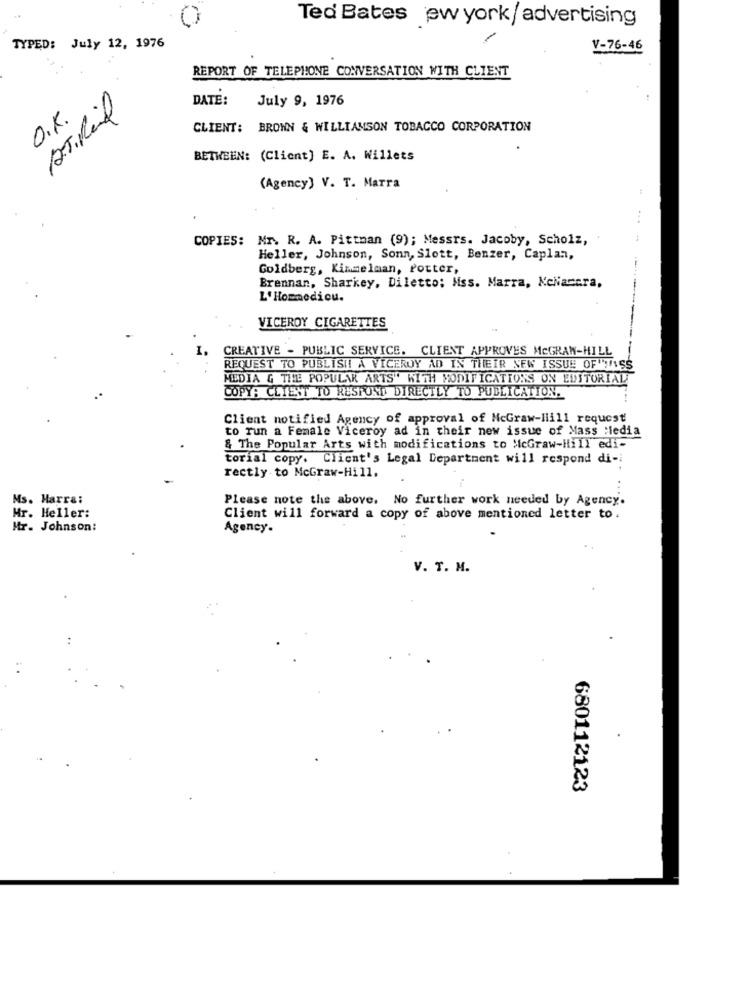
Ted Bates ew york/ advertising
TYPED: July 12, 1976
V-76-46
REPORT OF TELEPHONE CONVERSATION WITH CLIENT
DATE:
July 9, 1976
A.T. Rail
O.K.
CLIENT: BROWN & WILLIAMSON TOBACCO CORPORATION
BETWEEN: (Client] E. A. Willets
(Agency) V. T. Marra
COPIES: Mr. R. A. Pittman (9); Messrs. Jacoby, Scholz,
Heller, Johnson, Sonn, Slott, Benzer, Caplan,
Goldberg, Kimmelman, Potter,
Brennan, Sharkey, Diletto; Mss. Marra, KeNacara,
L'Hommedicu.
VICEROY CIGARETTES
CREATIVE - PUBLIC SERVICE. CLIENT APPROVES MCGRAW-HILL
REQUEST TO PUBLISH! A VICEROY AD IN THEIR NEW ISSUE OF ISS
MEDIA G THE POPULAR ARTS" WITH MODIFICATIONS ON EDITORIAL
COPY: CLIENT TO RESPOND DIRECTLY TO PUBLICATION.
Client notified Agency of approval of McGraw-liill request
to run a Female Viceroy ad in their new issue of Mass :iedia
& The Popular Arts with modifications to McGraw-ilill edi-
torial copy. Client's Legal Department will respond di-i
rectly to McGraw-Hill.
Ms. Harra:
Please note the above. No further work needed by Agency.
Mr. Heller:
Client will forward a copy of above mentioned letter to.
Mr. Johnson:
Agency-
V. T. M.
680112123